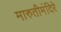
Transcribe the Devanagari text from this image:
मारुतीमंदिरे